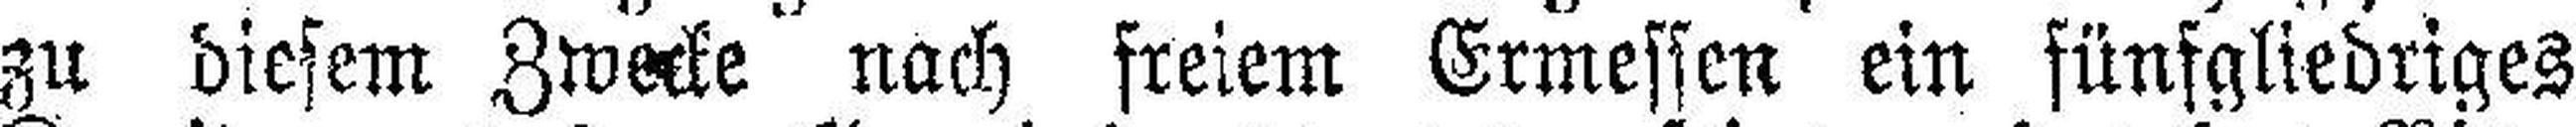
zu diesem Zwecke nach freiem Ermessen ein fünfgliedriges